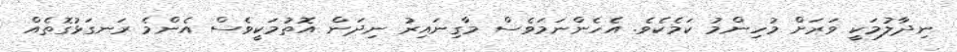
ނިދާލުމަކީ ވަރަށް މުހިންމު ކަމެކެވެ. އެހެންނަމަވެސް މާގިނައިރު ނިދަން އޮތުމަކީވެސް އެންމެ ރަނގަޅުގޮތެއް